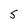
Character: 5